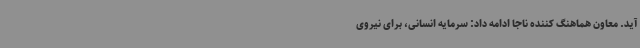
آید. معاون هماهنگ کننده ناجا ادامه داد: سرمایه انسانی، برای نیروی